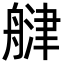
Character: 𦩨